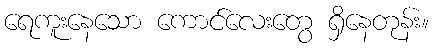
ရေကူးနေသော ကောင်လေးတွေ ရှိနေတုန်း။